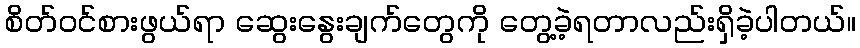
စိတ်ဝင်စားဖွယ်ရာ ဆွေးနွေးချက်တွေကို တွေ့ခဲ့ရတာလည်းရှိခဲ့ပါတယ်။